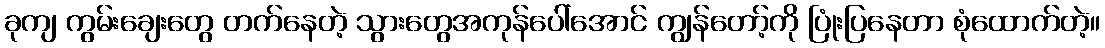
ခုကျ ကွမ်းချေးတွေ တက်နေတဲ့ သွားတွေအကုန်ပေါ်အောင် ကျွန်တော့်ကို ပြုံးပြနေတာ စုံထောက်တဲ့။